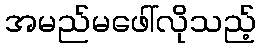
အမည်မဖေါ်လိုသည့်